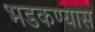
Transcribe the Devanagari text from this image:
भडकण्यास